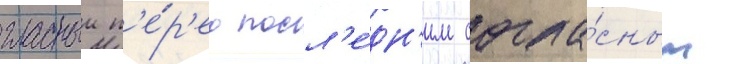
гласныи п'е́р'ед посл'е́дн'им согла́сным